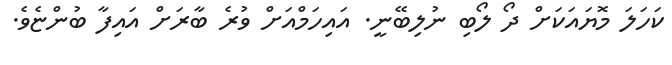
ކަހަަލަ މޮޔައަކަށް ދޯ ލޯބި ނުލިބޭނީ. އައިހަމްއަށް ވުރެ ބާރަށް އައިފާ ބުންޏެވެ.